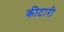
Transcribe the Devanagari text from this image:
कीटारी